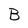
Character: l